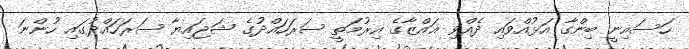
ހަަސައިނީ ބިންގާ އަޅުއްވައި ދެއްވި ޣައްޒާގެ އިރުމަތީ ސަރަހައްދުގެ ޝަޖައިޔާ ސަރަހައްދުގައި ހުންނަ